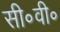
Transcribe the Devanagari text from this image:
सी॰वी॰